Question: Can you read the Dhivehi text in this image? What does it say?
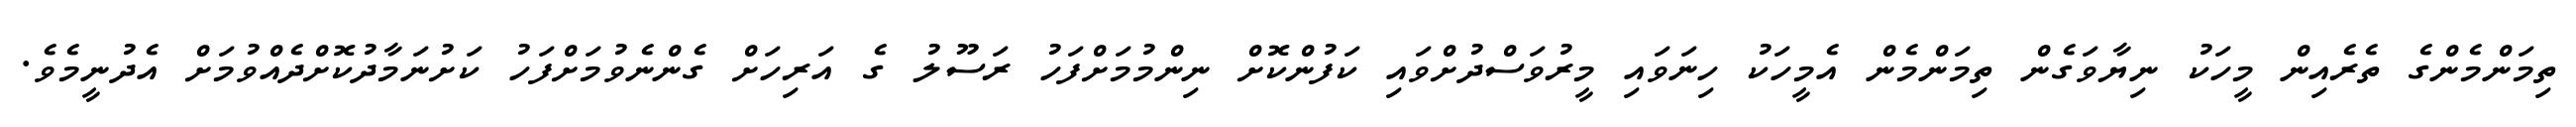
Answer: ތިމަންމެންގެ ތެރެއިން މީހަކު ނިޔާވަގެން ތިމަންމެން އެމީހަކު ހިނަވައި މީރުވަސްދުށްވައި ކަފުންކޮށް ނިންމުމަށްފަހު ރަސޫލު ގެ އަރިހަށް ގެންނެވުމަށްފަހު ކަށުނަމާދުކޮށްދެއްވުމަށް އެދުނީމެވެ.